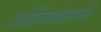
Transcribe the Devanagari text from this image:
ओबियांगने